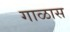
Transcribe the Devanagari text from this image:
गाळास